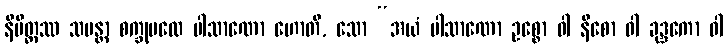
နိမိတ္တဿ သမန္တာ စက္ခုပထေ ပါသာဏော ဟောတိ, သော “အယံ ပါသာဏော ဥစ္စော ဝါ နီစော ဝါ ခုဒ္ဒကော ဝါ